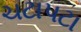
ચટાપટા